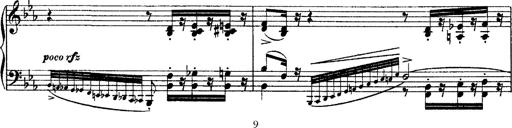
Title: Grandes Ã©tudes de Paganini
Composer: Franz Liszt